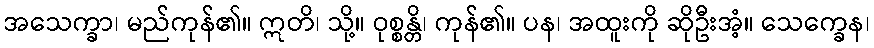
အသေက္ခာ၊ မည်ကုန်၏။ ဣတိ၊ သို့။ ဝုစ္စန္တိ၊ ကုန်၏။ ပန၊ အထူးကို ဆိုဦးအံ့။ သေက္ခေန၊